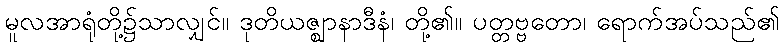
မူလအာရုံတို့၌သာလျှင်။ ဒုတိယဇ္ဈာနာဒီနံ၊ တို့၏။ ပတ္တဗ္ဗတော၊ ရောက်အပ်သည်၏